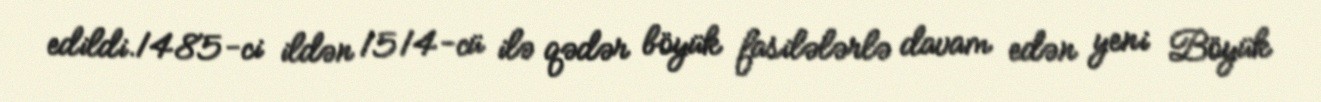
edildi.1485-ci ildən 1514-cü ilə qədər böyük fasilələrlə davam edən yeni Böyük